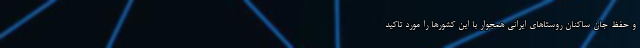
و حفظ جان ساکنان روستاهای ایرانی همجوار با این کشورها را مورد تاکید